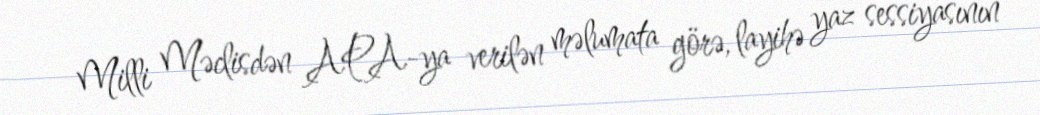
Milli Məclisdən APA-ya verilən məlumata görə, layihə yaz sessiyasının